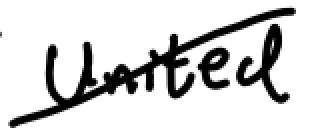
Text: United
Cross-out: diagonal
Writing tool: digital_black